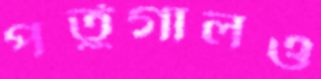
পর্তুগালও